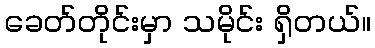
ခေတ်တိုင်းမှာ သမိုင်း ရှိတယ်။